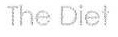
The Diet